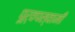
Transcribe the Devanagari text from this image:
पूर्वपस्वामी